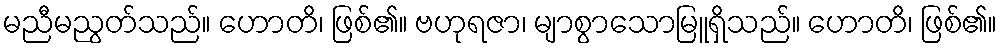
မညီမညွတ်သည်။ ဟောတိ၊ ဖြစ်၏။ ဗဟုရဇာ၊ မျာစွာသောမြူရှိသည်။ ဟောတိ၊ ဖြစ်၏။